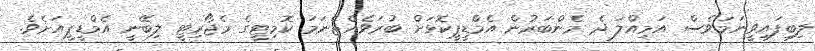
ލިބިފައިވީނަމަވެސް އަމިއްލަ ދެ މެންބަރުން އެމްޑީޕީކޮޅަށް ބުރަވެއްޖެނަމަ ކޮމިޓީގެ މެޖޯރިޓީ ލިބޭނީ އެމްޑީޕީއަށެވެ.